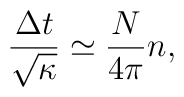
\frac{\Delta t}{\sqrt \kappa} \simeq \frac{N}{4 \pi} n,